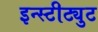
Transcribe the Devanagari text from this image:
इन्स्टीट्युट